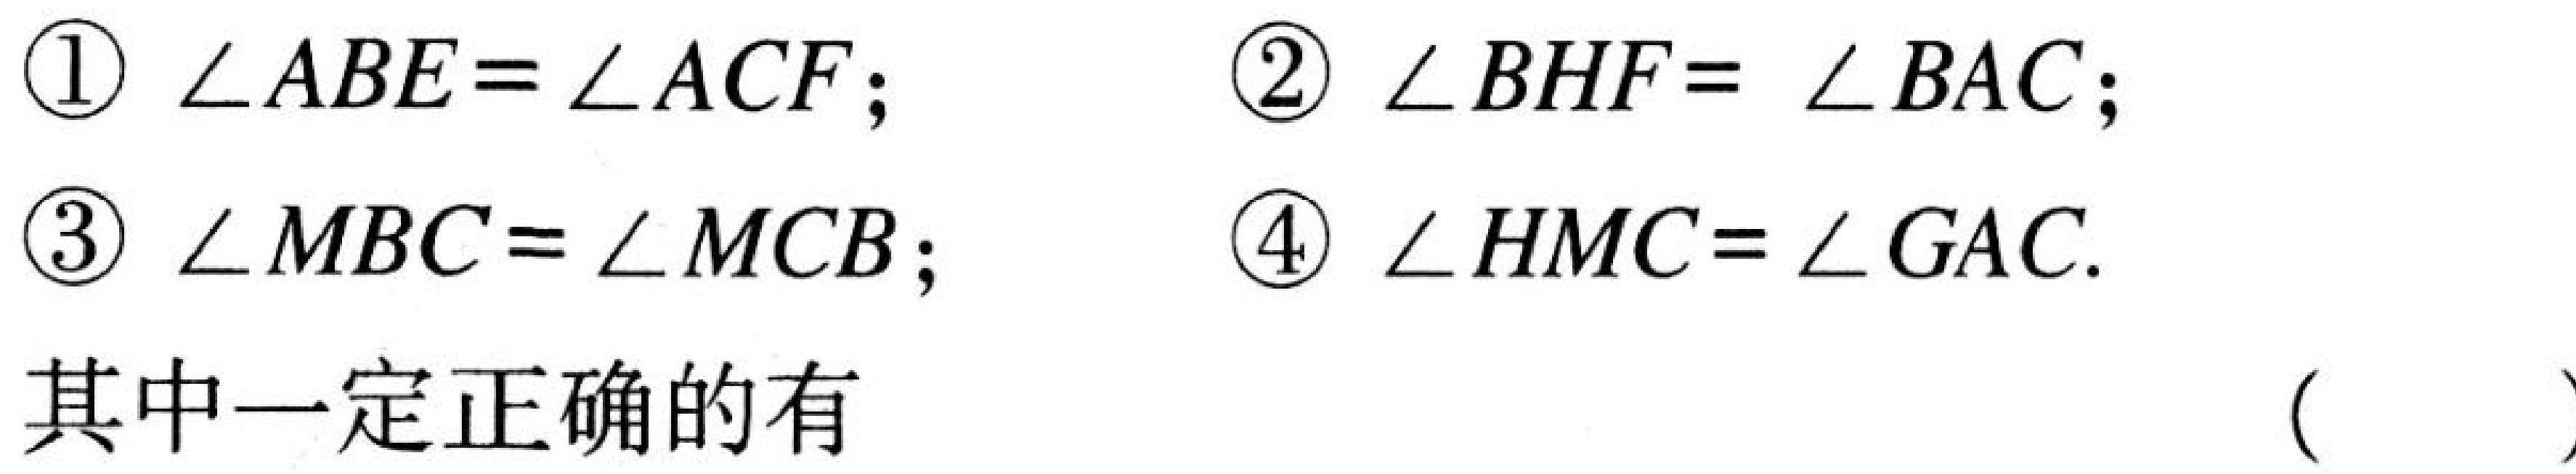
\textcircled{1} \(\angle ABE = \angle ACF\);  \textcircled{2} \(\angle BHF = \angle BAC\);
\textcircled{3} \(\angle MBC = \angle MCB\);  \textcircled{4} \(\angle HMC = \angle GAC\).
其中一定正确的有  (   )